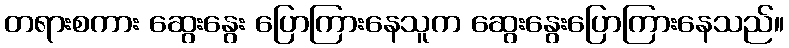
တရားစကား ဆွေးနွေး ပြောကြားနေသူက ဆွေးနွေးပြောကြားနေသည်။